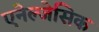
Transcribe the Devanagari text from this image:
एनेल्जेसिक